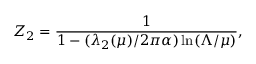
Z _ { 2 } = { \frac { 1 } { 1 - ( \lambda _ { 2 } ( \mu ) / 2 \pi \alpha ) \ln ( \Lambda / \mu ) } } ,